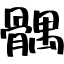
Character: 髃